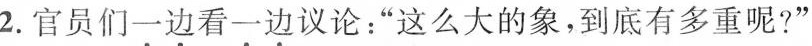
2.官员们一边看一边议论：”这么大的象，到底有多重呢？”